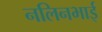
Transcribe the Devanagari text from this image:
नलिनभाई